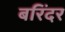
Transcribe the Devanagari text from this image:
बरिंदर